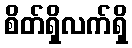
စိတ်ရှိလက်ရှိ